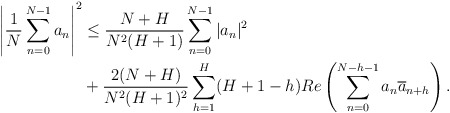
\begin{align*}\left| \frac{1}{N} \sum_{n=0}^{N-1} a_n \right|^2 &\leq \frac{N+H}{N^2(H+1)} \sum_{n=0}^{N-1} |a_n|^2 \\&+ \frac{2(N+H)}{N^2(H+1)^2} \sum_{h=1}^H (H + 1 - h) Re \left( \sum_{n=0}^{N-h-1} a_n \overline{a}_{n+h} \right). \end{align*}